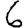
Digit: 6